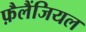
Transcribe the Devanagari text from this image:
फ़ैलैंजियल